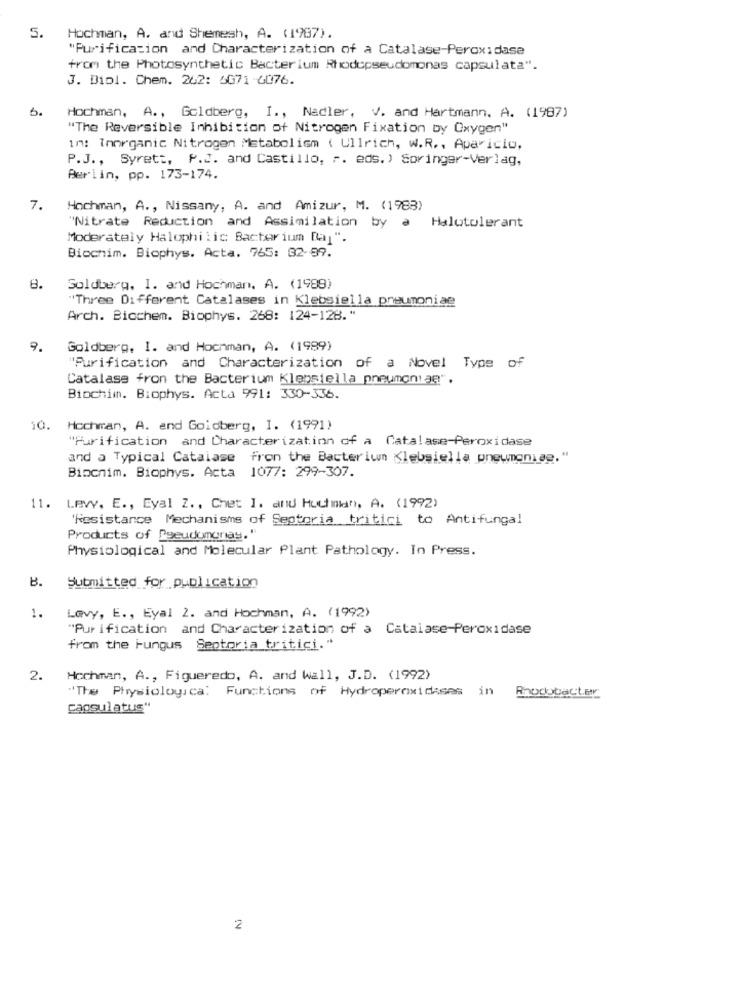
5.
Hochman, A. and Shemesh, A. (1987).
"Purification and Characterization of a Catalase-Peroxidase
from the Photosynthetic Bacterium Rhodopseudomonas capsulata".
J. Diol. Chem. 262: 6071 -6076.
Hochman, A ., Goldberg, I ., Nadler, V. and Hartmann. A. (1987)
"The Reversible Inhibition of Nitrogen Fixation by Oxygen"
in: Inorganic Nitrogen Metabolism ( Ullrich, W.R ., Aparicio,
P.J ., Syrett, P.J. and Castillo, ". eds.) Springer-Verlag,
Berlin, pp. 173-174.
7.
Hochman, A ., Nissany, A. and Amizur, M. (1983)
"Nitrate Reduction and Assimilation by a Halotolerant
Moderately Halophilic Bacterium Bar".
Bicchim. Biophys. Acta. 765: 32-99.
8.
Goldberg, I. and Hochman, A. (1989)
"Three Different Catalases in Klebsiella pneumoniae
Arch. Biochem. Biophys. 268: 124-128."
9.
Goldberg, I. and Hochman, A. (1989)
"Purification and Characterization of a Novel Type of
Catalasa fron the Bacterium Klebsiella pneumoniae",
Biochim. Biophys. Acta 991: 330-336.
10. Hochman, A. and Goldberg, I. (1991)
"Purification and Characterization of a Catalase-Peroxidase
and a Typical Catalase Fron the Bacterium Klebsiella pneumoniae, "
Biochim. Biophys. Acta 1077: 299-307.
11. LEVY. E ., Eyal Z ., Chet I. and Huchman, A. (1992)
'Resistance Mechanisms of Septoria tritici to Antifungal
Products of Pseudomonas."
Physiological and Molecular Plant Pathology. In Press.
B.
Submitted for publication
Levy, E ., Eyal 2. and Hochman, A. (1992)
1.
"Pur ification and Characterization of a Catalase-Peroxidase
from the Fungus Seotoria tritici."
2.
Hochman, A ., Figueredo, A. and wall, J.D. (1992)
"The Physiologica: Functions of Hydroperoxidases in
Rnodobacter
capsulatus"
2